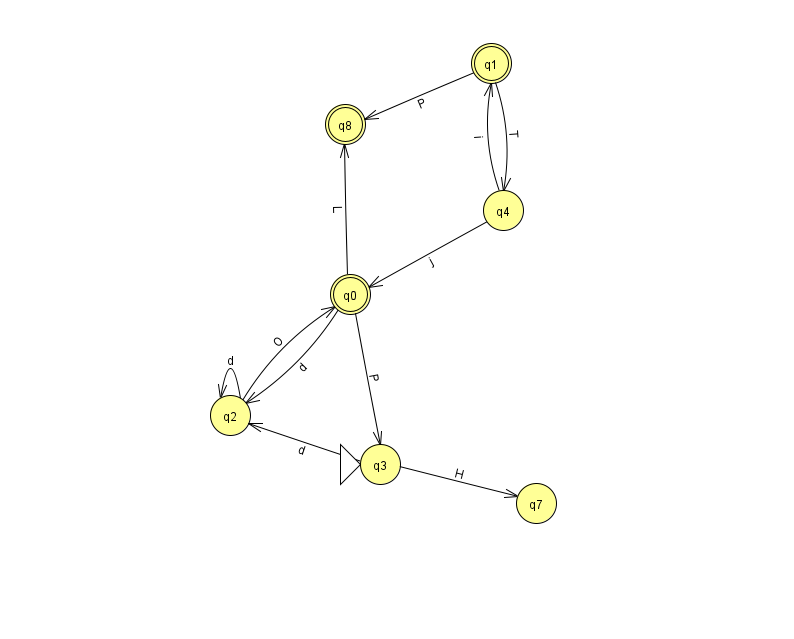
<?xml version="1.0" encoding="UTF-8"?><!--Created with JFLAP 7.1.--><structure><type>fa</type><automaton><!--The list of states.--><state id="0" name="q0"><x>350.0</x><y>281.0</y><final/></state><state id="1" name="q1"><x>491.0</x><y>50.0</y><final/></state><state id="2" name="q2"><x>230.0</x><y>402.0</y></state><state id="3" name="q3"><x>380.0</x><y>451.0</y><initial/></state><state id="4" name="q4"><x>503.0</x><y>197.0</y></state><state id="7" name="q7"><x>536.0</x><y>490.0</y></state><state id="8" name="q8"><x>345.0</x><y>111.0</y><final/></state><!--The list of transitions.--><transition><from>3</from><to>7</to><read>H</read></transition><transition><from>2</from><to>0</to><read>O</read></transition><transition><from>2</from><to>2</to><read>d</read></transition><transition><from>0</from><to>3</to><read>P</read></transition><transition><from>4</from><to>1</to><read>i</read></transition><transition><from>3</from><to>2</to><read>d</read></transition><transition><from>4</from><to>0</to><read>j</read></transition><transition><from>1</from><to>4</to><read>T</read></transition><transition><from>0</from><to>8</to><read>L</read></transition><transition><from>1</from><to>8</to><read>P</read></transition><transition><from>0</from><to>2</to><read>d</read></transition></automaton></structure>